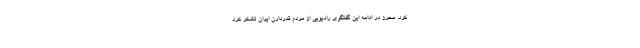
کرد. محرز در ادامه این گفتگوی رادیویی از مردم قدردارن ایران تشکر کرد